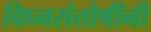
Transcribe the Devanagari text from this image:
विघ्नसंतोषींनी